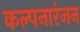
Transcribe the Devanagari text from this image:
कल्पनारंजन